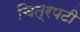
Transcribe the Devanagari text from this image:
चित्रपटी